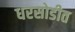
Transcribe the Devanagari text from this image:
धरसोडीत